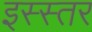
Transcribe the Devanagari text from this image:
इस्स्तर